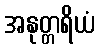
အနုတ္တရိယံ